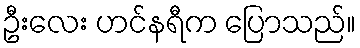
ဦးလေး ဟင်နရီက ပြောသည်။